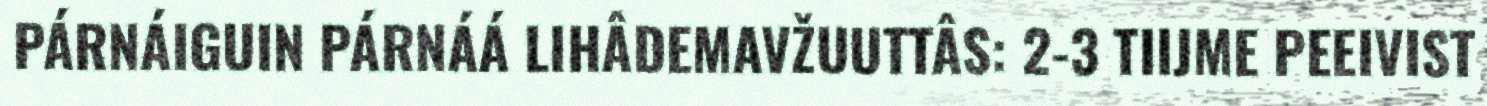
PÁRNÁIGUIN PÁRNÁÁ LIHÂDEMAVŽUUTTÂS: 2-3 TIIJME PEEIVIST